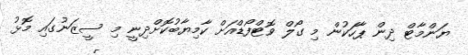
ޔަންމާޓް ދިން ޕާހަކުން މި ގޯލް ވޮޓްފޯޑްއަށް ކާމިޔާބުކޮށްދިނީ މި ސީޒަނުގައި މޮޅު